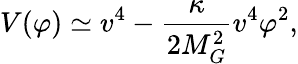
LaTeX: V(\varphi)\simeq v^{4}-\frac{\kappa}{2M_{G}^{2}}v^{4}\varphi^{2},